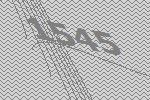
1545